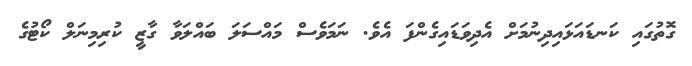
ގޮތުގައި ކަނޑައަޅައިދިނުމަށް އެދިވަޑައިގެންފަ އެވެ. ނަމަވެސް މައްސަލަ ބައްލަވާ ގާޒީ ކުރިމިނަލް ކޯޓުގެ